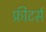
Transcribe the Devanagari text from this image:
फ्रीटर्स